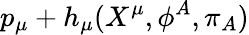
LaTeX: p_{\mu}+h_{\mu}(X^{\mu},\phi^{A},\pi_{A})